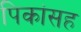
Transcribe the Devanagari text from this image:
पिकांसह